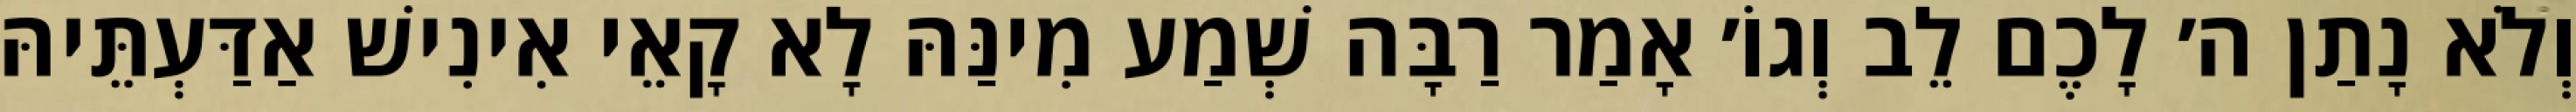
וְלֹא נָתַן ה׳ לָכֶם לֵב וְגוֹ׳ אָמַר רַבָּה שְׁמַע מִינַּהּ לָא קָאֵי אִינִישׁ אַדַּעְתֵּיהּ